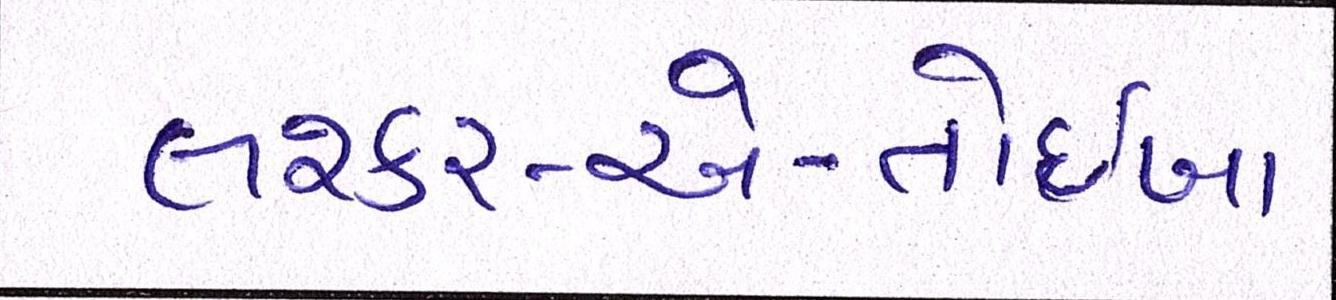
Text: લશ્કર-એ-તોઈબા